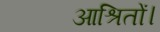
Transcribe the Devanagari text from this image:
आश्रितों।